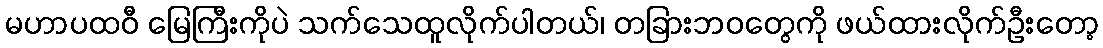
မဟာပထဝီ မြေကြီးကိုပဲ သက်သေထူလိုက်ပါတယ်၊ တခြားဘဝတွေကို ဖယ်ထားလိုက်ဦးတော့